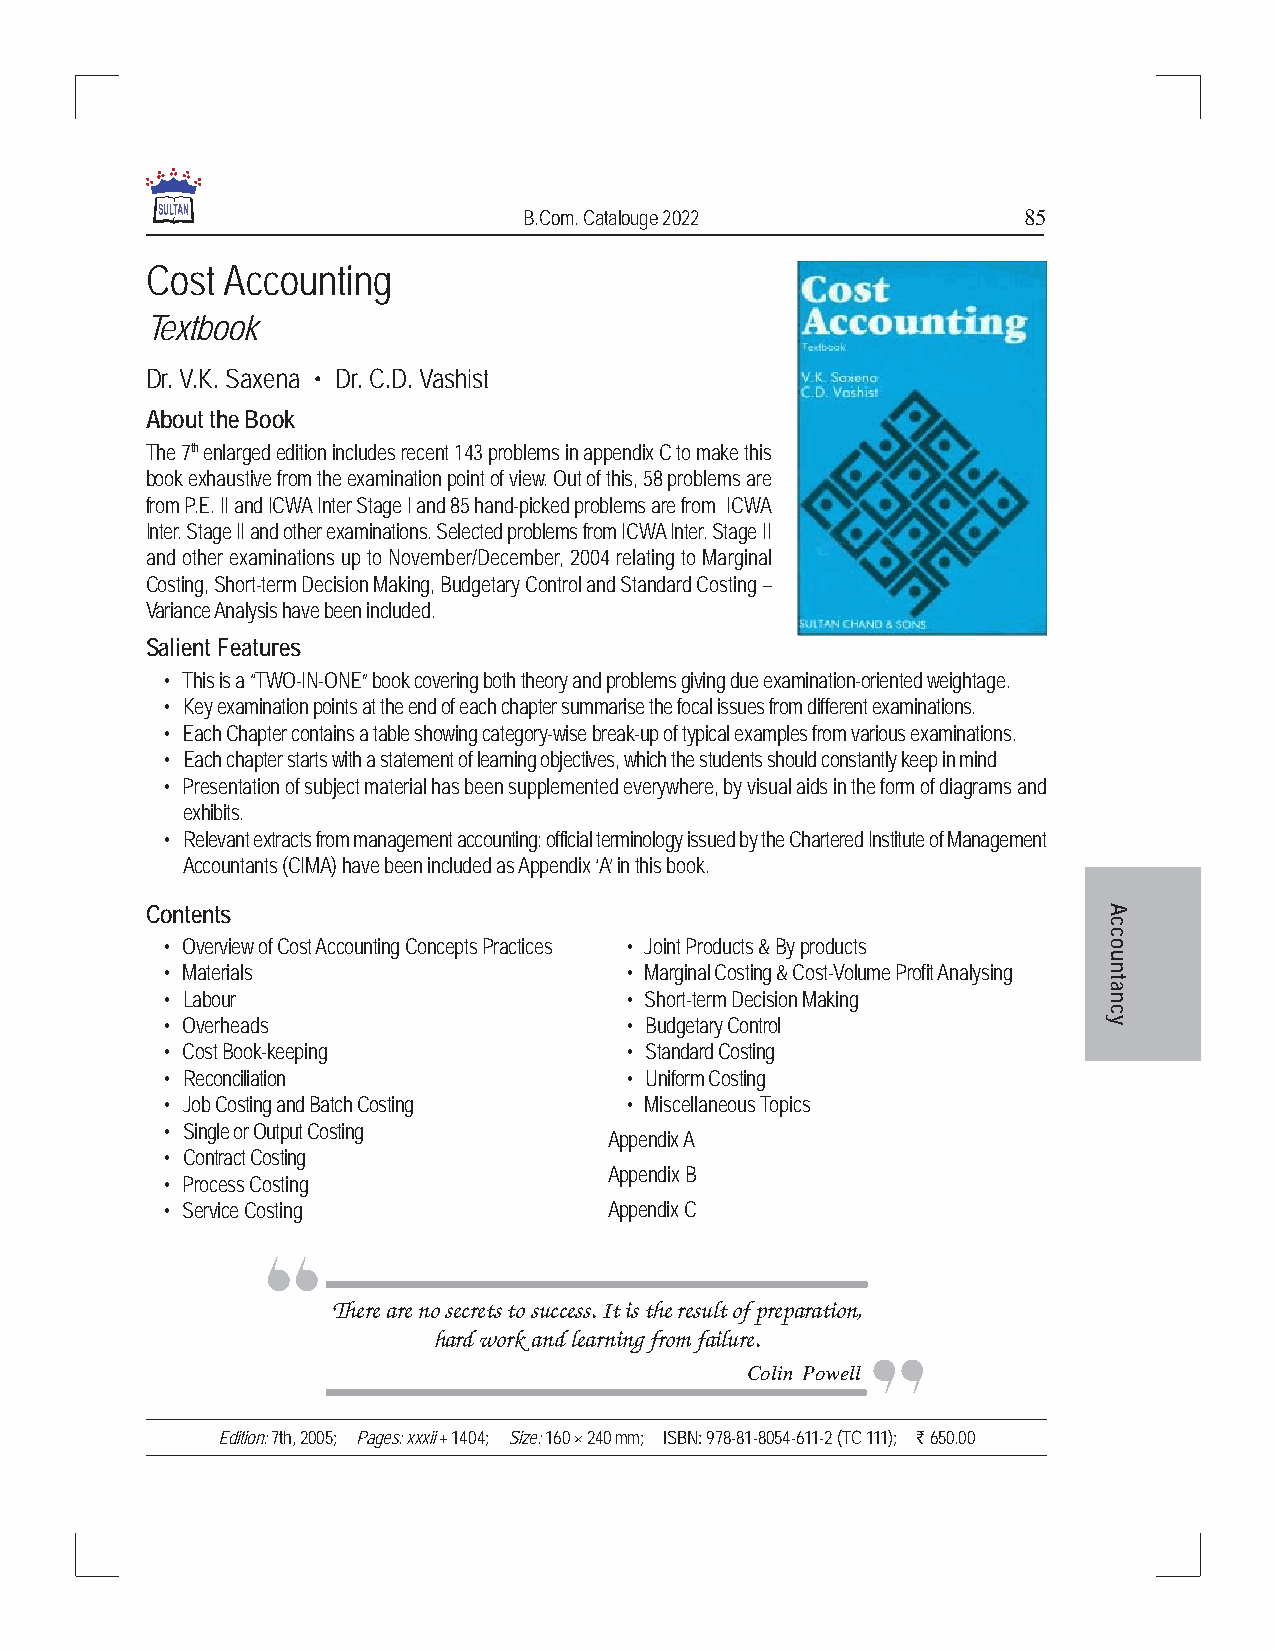
B.Com. Catalouge 2022            85
 Cost Accounting
 Textbook
 Dr. V.K. Saxena • Dr. C.D. Vashist
 About the Book
 The 7th enlarged edition includes recent 143 problems in appendix C to make this
 book exhaustive from the examination point of view. Out of this, 58 problems are
 from P.E. II and ICWA Inter Stage I and 85 hand-picked problems are from ICWA
 Inter. Stage II and other examinations. Selected problems from ICWA Inter. Stage II
 and other examinations up to November/December, 2004 relating to Marginal
 Costing, Short-term Decision Making, Budgetary Control and Standard Costing –
 Variance Analysis have been included.
 Salient Features
 • This is a “TWO-IN-ONE” book covering both theory and problems giving due examination-oriented weightage.
 • Key examination points at the end of each chapter summarise the focal issues from different examinations.
 • Each Chapter contains a table showing category-wise break-up of typical examples from various examinations.
 • Each chapter starts with a statement of learning objectives, which the students should constantly keep in mind
 • Presentation of subject material has been supplemented everywhere, by visual aids in the form of diagrams and
 exhibits.
 • Relevant extracts from management accounting: official terminology issued by the Chartered Institute of Management
 Accountants (CIMA) have been included as Appendix ‘A’ in this book.
 Contents                                                       A
 c
 c
 • Overview of Cost Accounting Concepts Practices • Joint Products & By products o
 u
 • Materials                   • Marginal Costing & Cost-Volume Profit Analysing n
 t
 a
 • Labour                      • Short-term Decision Making    n
 c
 • Overheads                   • Budgetary Control             y
 • Cost Book-keeping           • Standard Costing
 • Reconciliation              • Uniform Costing
 • Job Costing and Batch Costing • Miscellaneous Topics
 • Single or Output Costing
 Appendix A
 • Contract Costing
 Appendix B
 • Process Costing
 • Service Costing            Appendix C
 There are no secrets to success. It is the result of preparation,
 hard work and learning from failure.
 Colin Powell
 Edition: 7th, 2005; Pages: xxxii + 1404; Size: 160 × 240 mm; ISBN: 978-81-8054-611-2 (TC 111); ` 650.00